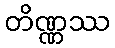
တိဏ္ဏဿ